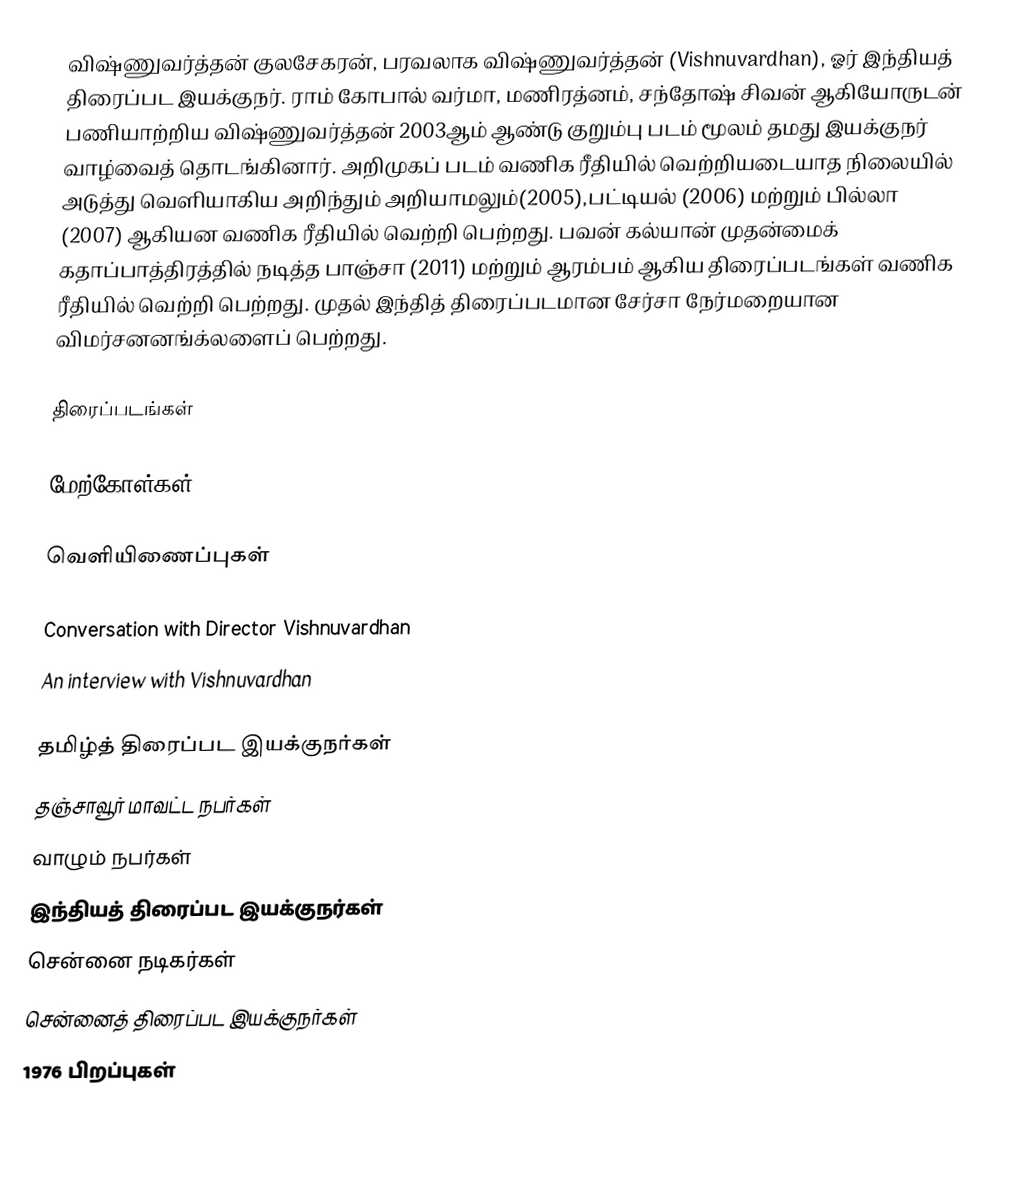
விஷ்ணுவர்த்தன் குலசேகரன், பரவலாக விஷ்ணுவர்த்தன் (Vishnuvardhan), ஓர் இந்தியத் திரைப்பட இயக்குநர். ராம் கோபால் வர்மா, மணிரத்னம், சந்தோஷ் சிவன் ஆகியோருடன் பணியாற்றிய விஷ்ணுவர்த்தன் 2003ஆம் ஆண்டு குறும்பு படம் மூலம் தமது இயக்குநர் வாழ்வைத் தொடங்கினார். அறிமுகப் படம் வணிக ரீதியில் வெற்றியடையாத நிலையில் அடுத்து வெளியாகிய அறிந்தும் அறியாமலும்(2005),பட்டியல் (2006) மற்றும் பில்லா (2007) ஆகியன வணிக ரீதியில் வெற்றி பெற்றது. பவன் கல்யான் முதன்மைக் கதாப்பாத்திரத்தில் நடித்த பாஞ்சா (2011) மற்றும் ஆரம்பம் ஆகிய திரைப்படங்கள் வணிக ரீதியில் வெற்றி பெற்றது.  முதல் இந்தித் திரைப்படமான சேர்சா  நேர்மறையான விமர்சனனங்க்லளைப் பெற்றது.

திரைப்படங்கள்

மேற்கோள்கள்

வெளியிணைப்புகள்

 Conversation with Director Vishnuvardhan
 An interview with Vishnuvardhan

தமிழ்த் திரைப்பட இயக்குநர்கள்
தஞ்சாவூர் மாவட்ட நபர்கள்
வாழும் நபர்கள்
இந்தியத் திரைப்பட இயக்குநர்கள்
சென்னை நடிகர்கள்
சென்னைத் திரைப்பட இயக்குநர்கள்
1976 பிறப்புகள்